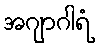
အဂျာဂါရံ